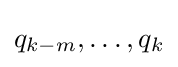
q_{k-m},\ldots ,q_{k}